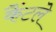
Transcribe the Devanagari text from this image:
कैंटले